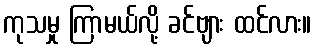
ကုသမှု ကြာမယ်လို့ ခင်ဗျား ထင်လား။